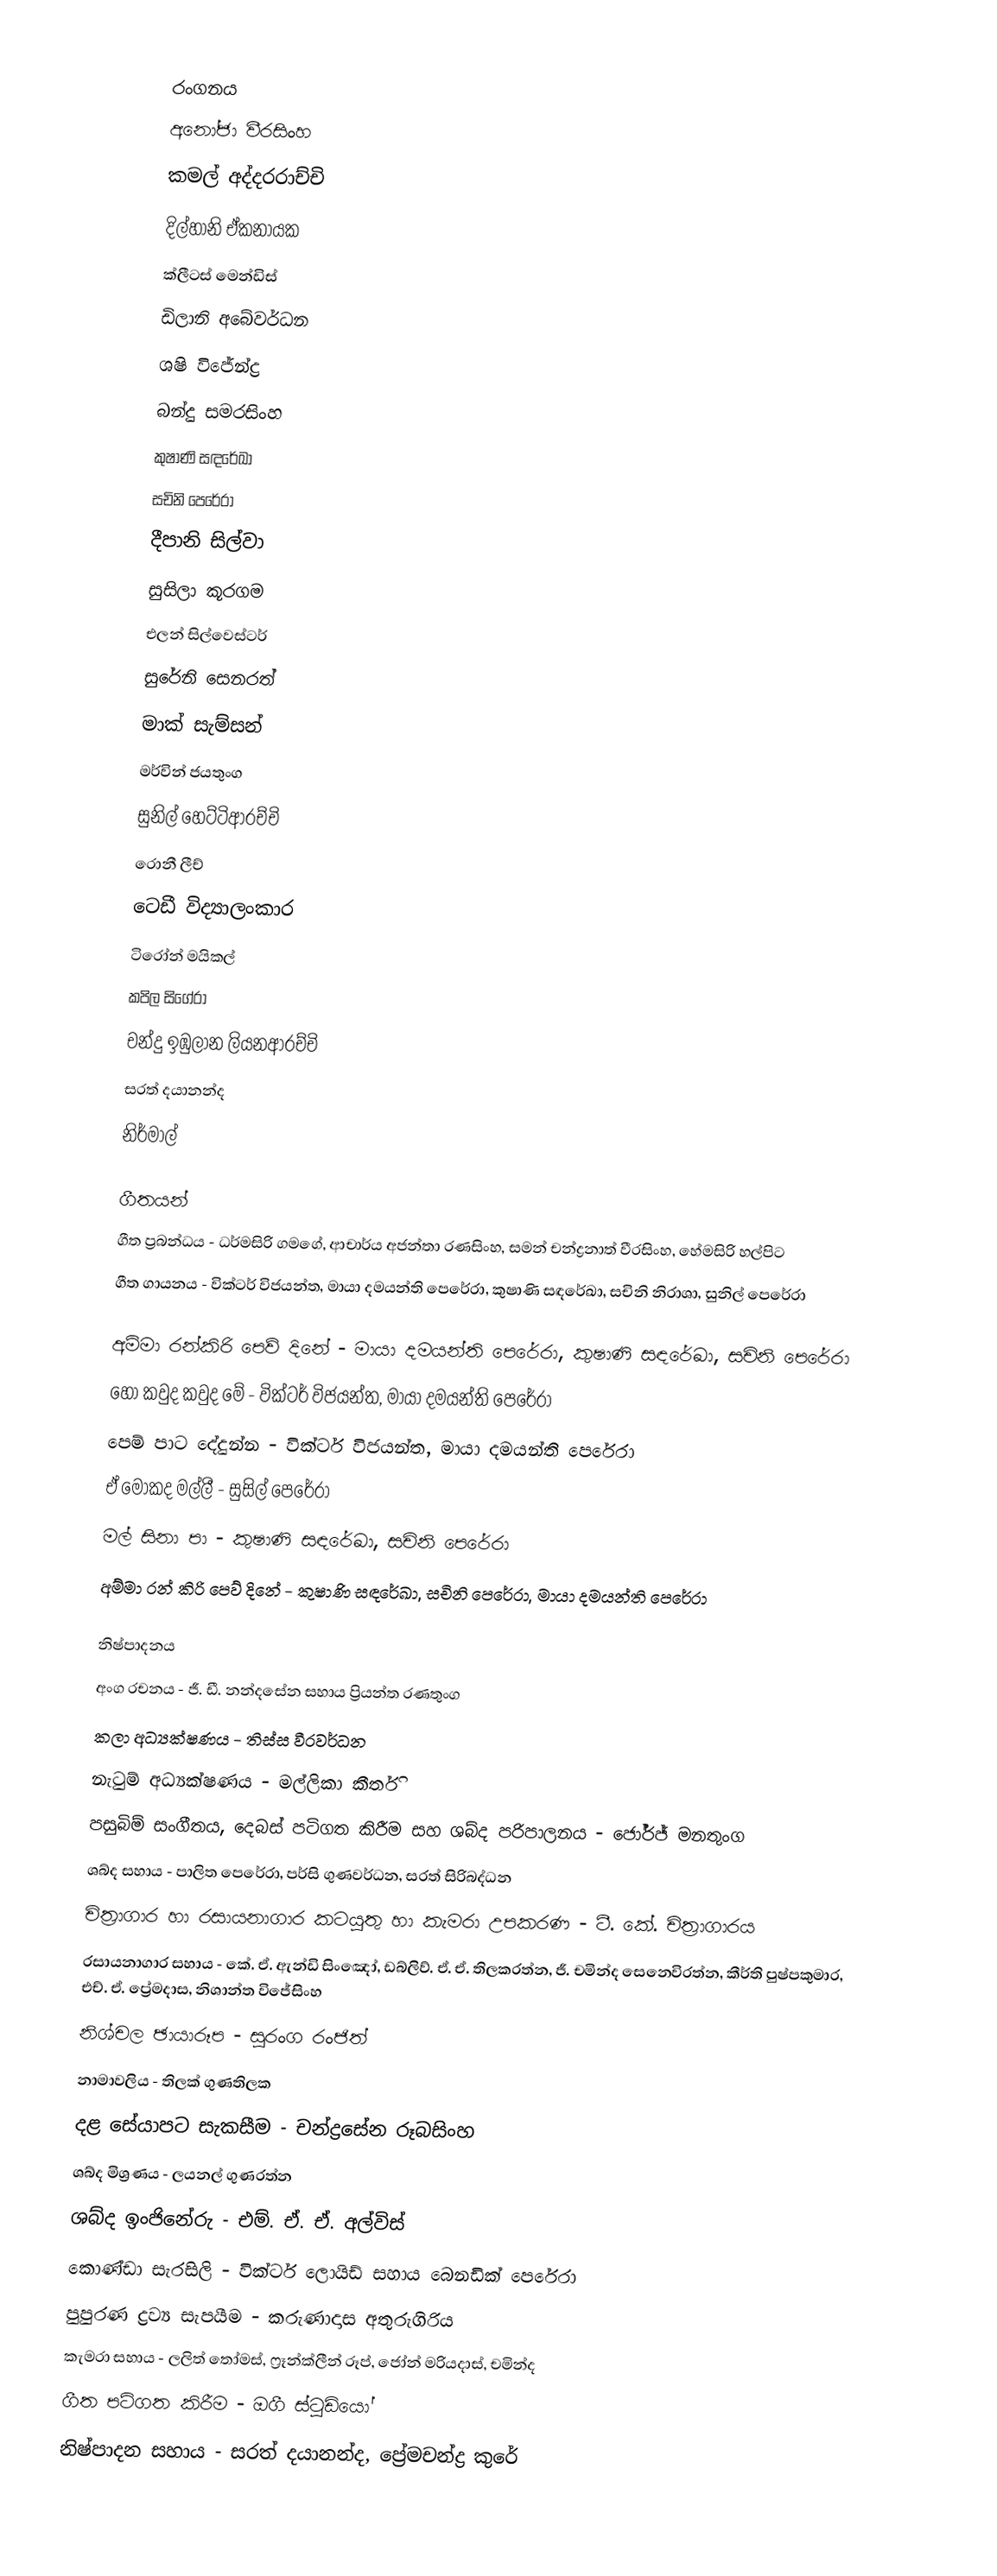

රංගනය
අනෝජා වීරසිංහ
කමල් අද්දරරාච්චි
දිල්හානි ඒකනායක
ක්ලීටස් මෙන්ඩිස්
ඩිලානි අබේවර්ධන
ශෂි විජේන්ද්‍ර
බන්දු සමරසිංහ
කුෂාණි සඳරේඛා
සචිනි පෙරේරා
දීපානි සිල්වා
සුසිලා කූරගම
එලන් සිල්වෙස්ටර්
සුරේනි සෙනරත්
මාක් සැම්සන්
මර්වින් ජයතුංග
සුනිල් හෙට්ටිආරච්චි
රොනී ලීච්
ටෙඩී විද්‍යාලංකාර
ටිරෝන් මයිකල්
කපිල සිගේරා
චන්දු ඉඹුලාන ලියනආරච්චි
සරත් දයානන්ද
නිර්මාල්

ගීතයන්
ගීත ප්‍රබන්ධය - ධර්මසිරි ගමගේ, ආචාර්ය අජන්තා රණසිංහ, සමන් චන්ද්‍රනාත් වීරසිංහ, හේමසිරි හල්පිට
ගීත ගායනය - වික්ටර් විජයන්ත, මායා දමයන්ති පෙරේරා, කුෂාණි සඳරේඛා, සචිනි නිරාශා, සුනිල් පෙරේරා

අම්මා රන්කිරි පෙව් දිනේ - මායා දමයන්ති පෙරේරා, කුෂාණි සඳරේඛා, සචිනි පෙරේරා
හෝ කවුද කවුද මේ - වික්ටර් විජයන්ත, මායා දමයන්ති පෙරේරා
පෙම් පාට දේදුන්න - වික්ටර් විජයන්ත, මායා දමයන්ති පෙරේරා
ඒ මොකද මල්ලී - සුසිල් පෙරේරා
මල් සිනා පා - කුෂාණි සඳරේඛා, සචිනි පෙරේරා
අම්මා රන් කිරි පෙව් දිනේ - කුෂාණි සඳරේඛා, සචිනි පෙරේරා, මායා දමයන්ති පෙරේරා

නිෂ්පාදනය
අංග රචනය - ජී. ඩී. නන්දසේන සහාය ප්‍රියන්ත රණතුංග
කලා අධ්‍යක්ෂණය - තිස්ස වීරවර්ධන
නැටුම් අධ්‍යක්ෂණය - මල්ලිකා කීර්ති
පසුබිම් සංගීතය, දෙබස් පටිගත කිරීම සහ ශබ්ද පරිපාලනය - ජෝර්ජ් මනතුංග
ශබ්ද සහාය - පාලිත පෙරේරා, පර්සි ගුණවර්ධන, සරත් සිරිබද්ධන
චිත්‍රාගාර හා රසායනාගාර කටයුතු හා කැමරා උපකරණ - ටී. කේ. චිත්‍රාගාරය
රසායනාගාර සහාය - කේ. ඒ. ඇන්ඩි සිංඤෝ, ඩබ්ලිව්. ඒ. ඒ. තිලකරත්න, ජී. චමින්ද සෙනෙවිරත්න, කීර්ති පුෂ්පකුමාර, එච්. ඒ. ප්‍රේමදාස, නිශාන්ත විජේසිංහ
නිශ්චල ඡායාරූප - සුරංග රංජිත්
නාමාවලිය - තිලක් ගුණතිලක
දළ සේයාපට සැකසීම - චන්ද්‍රසේන රූබසිංහ
ශබ්ද මිශ්‍රණය - ලයනල් ගුණරත්න
ශබ්ද ඉංජිනේරු - එම්. ඒ. ඒ. අල්විස්
කොණ්ඩා සැරසිලි - වික්ටර් ලොයිඩ් සහාය බෙනඩික් පෙරේරා
පුපුරණ ද්‍රව්‍ය සැපයීම - කරුණාදාස අතුරුගිරිය
කැමරා සහාය - ලලිත් තෝමස්, ෆ්‍රෑන්ක්ලීන් රූප්, ජෝන් මරියදාස්, චමින්ද
ගීත පටිගත කිරීම - ඔගී ස්ටුඩියෝ
නිෂ්පාදන සහාය - සරත් දයානන්ද, ප්‍රේමචන්ද්‍ර කුරේ